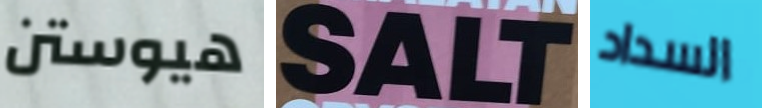
هيوستن SALT السداد